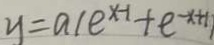
y = a ( e ^ { x - 1 } + e ^ { - x + 1 } )